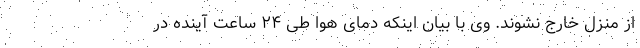
از منزل خارج نشوند. وی با بیان اینکه دمای هوا طی ۲۴ ساعت آینده در